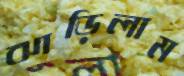
ঝাড়িলাম